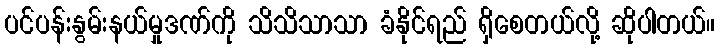
ပင်ပန်းနွမ်းနယ်မှုဒဏ်ကို သိသိသာသာ ခံနိုင်ရည် ရှိစေတယ်လို့ ဆိုပါတယ်။